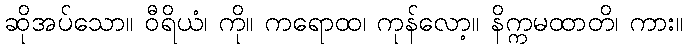
ဆိုအပ်သော။ ဝီရိယံ၊ ကို။ ကရောထ၊ ကုန်လော့။ နိက္ကမထာတိ၊ ကား။